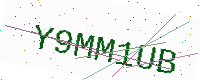
Text: Y9MM1UB